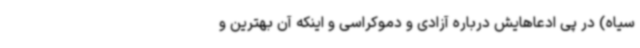
سیاه) در پی ادعاهایش درباره آزادی و دموکراسی و اینکه آن بهترین و